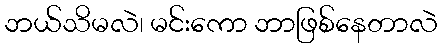
ဘယ်သိမလဲ၊ မင်းကော ဘာဖြစ်နေတာလဲ